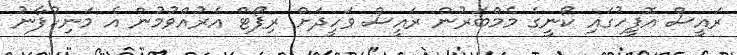
ރައީސް އޮފީހުގައި ކޯނީގެ މެމްބަރުން ރައީސް ވަހީދަށް ރިޕޯޓް އެރުއްވުމުން އެ މަނިކުފާނު